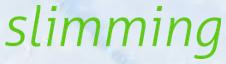
slimming